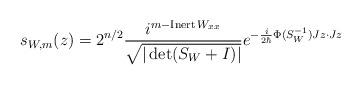
LaTeX: \begin{align*}s_{W,m}(z)=2^{n/2}\frac{i^{m-\operatorname*{Inert}W_{xx}}}{\sqrt{|\det(S_{W}+I)|}}e^{-\frac{i}{2\hbar}\Phi(S_{W}^{-1})Jz\cdot Jz} \end{align*}